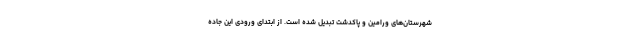
شهرستان‌های ورامین و پاکدشت تبدیل شده است. از ابتدای ورودی این جاده